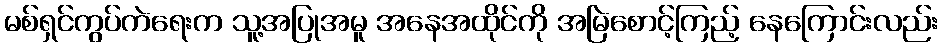
မစ်ရှင်ကွပ်ကဲရေးက သူ့အပြုအမူ အနေအထိုင်ကို အမြဲစောင့်ကြည့် နေကြောင်းလည်း